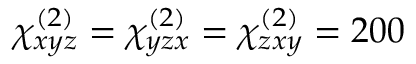
\chi _ { x y z } ^ { ( 2 ) } = \chi _ { y z x } ^ { ( 2 ) } = \chi _ { z x y } ^ { ( 2 ) } = 2 0 0